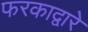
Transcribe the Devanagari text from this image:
फरकाद्वारे